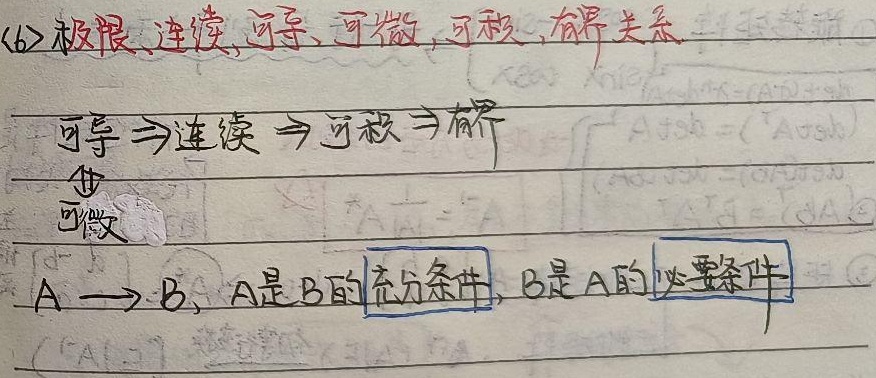
<6>极限、连续、可导、可微、可积、有界关系
\[
\begin{matrix}
& & \text{可导} & \Rightarrow & \text{连续} & \Rightarrow & \text{可积} & \Rightarrow & \text{有界}\\
& & \Updownarrow & & & & & & \\
& & \text{可微} & & & & & &
\end{matrix}
\]
\(A \longrightarrow B\)，\(A\)是\(B\)的充分条件，\(B\)是\(A\)的必要条件